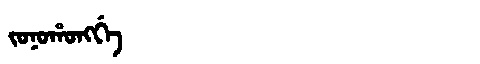
Manchu: ᠵᠣᠨᠣᡥᠣᠩᡤᡝ
Romanization: JONOHONGGE